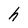
Character: h